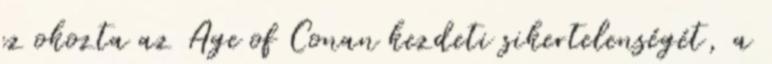
ez okozta az Age of Conan kezdeti sikertelenségét, a